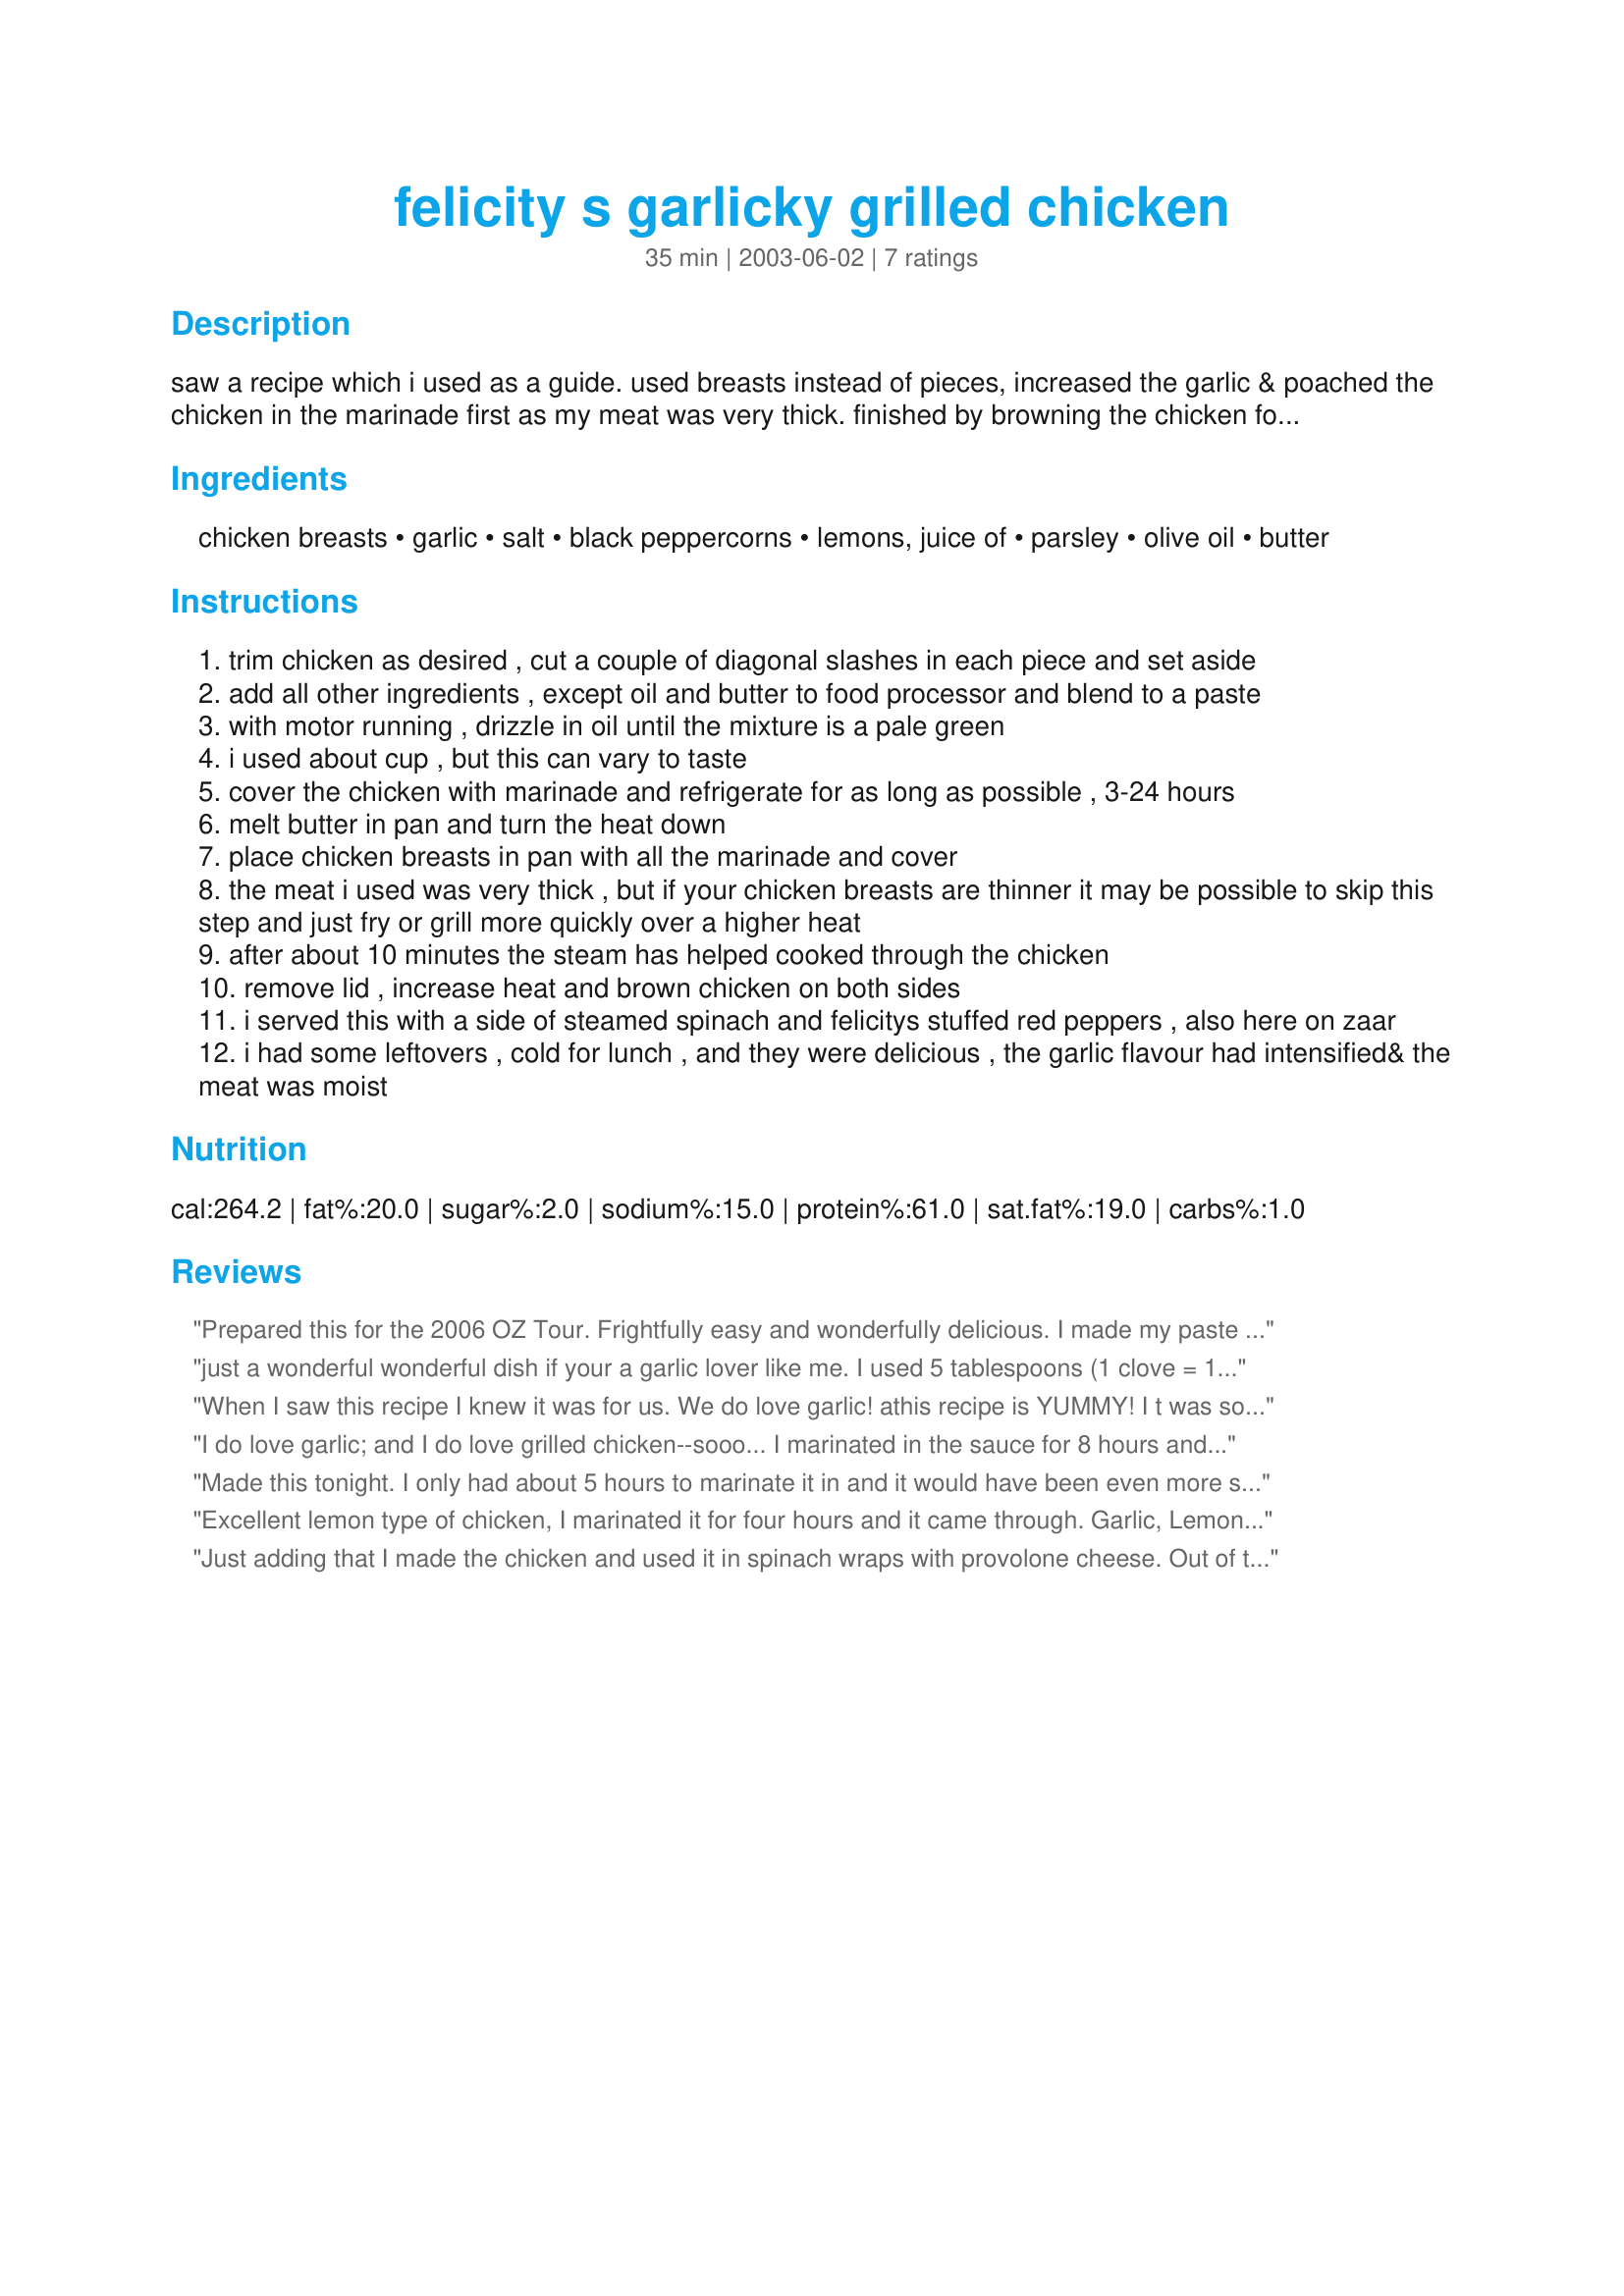
felicity s garlicky grilled chicken
Preparation time: 35 minutes

saw a recipe which i used as a guide. used breasts instead of pieces, increased the garlic & poached the chicken in the marinade first as my meat was very thick. finished by browning the chicken for a more appetising appearance. yum! great for garlic lovers. prep time does not include marinating time, as that can vary, depending on the time you have.

Ingredients:
chicken breasts, garlic, salt, black peppercorns, lemons, juice of, parsley, olive oil, butter

Steps:
trim chicken as desired , cut a couple of diagonal slashes in each piece and set aside
add all other ingredients , except oil and butter to food processor and blend to a paste
with motor running , drizzle in oil until the mixture is a pale green
i used about cup , but this can vary to taste
cover the chicken with marinade and refrigerate for as long as possible , 3-24 hours
melt butter in pan and turn the heat down
place chicken breasts in pan with all the marinade and cover
the meat i used was very thick , but if your chicken breasts are thinner it may be possible to skip this step and just fry or grill more quickly over a higher heat
after about 10 minutes the steam has helped cooked through the chicken
remove lid , increase heat and brown chicken on both sides
i served this with a side of steamed spinach and felicitys stuffed red peppers , also here on zaar
i had some leftovers , cold for lunch , and they were delicious , the garlic flavour had intensified& the meat was moist

Reviews:
Prepared this for the 2006 OZ Tour. Frightfully easy and wonderfully delicious. I made my paste with just 1 tablespoon of olive oil and 3 tablespoons of water in an effort to keep dinner lower in fat. This time around, I turned the chicken into kebobs for the George Foreman grill, a great way to keep cooked skinless breasts tender and moist. I wish I'd tossed in some cubed potatoes in the marinade and cooked the whole thing (chicken & potatoes) together in a skillet as the flavors would have gone so well together. There's always next time, and there will be. Thanks.
just a wonderful wonderful dish if your a garlic lover like me. I used 5 tablespoons (1 clove = 1/2 tbsp) of minced garlic, added the extra "two cloves" since i was using the minced. I let the meat marinade for almost 18 hours since dinner ended up being late. usually i just leave parsley out of recipes but since it was one of the main components to the marinaide i got some and im glad i did. i used boneless skinless tenders, 6 of them. one change i did make just because my breasts were so thin and wouldnt take very long to cook was i made up a seperate marinaide when i cooked them, because i just didnt feel comfrotable useing the one the raw meat had sat in all day. Great recipe - no complaints from the men. Id really like to try out the kabob version with some russet potatoes some time!
When I saw this recipe I knew it was for us. We do love garlic! athis recipe is YUMMY! I t was so quick to pull together. I did use more garic and peppercorns. I then use my food sealer to speed up the marinating time. Then I grilled the chicken. MMMMMMMM! DS and I put ours over a Ceasar salad. DH ate his with potatoes and squash, I will make again. I think the next time I'll use cilantro in place of the parsley. Thanks for the ymmy recipe.
I do love garlic; and I do love grilled chicken--sooo... I marinated in the sauce for 8 hours and grilled. YUM!
Made for the Aussie MsSPheonix Cook-a-thon & posted in the Grilling Event-Cooking Photos.
Made this tonight. I only had about 5 hours to marinate it in and it would have been even more scrumptious with an overnight one. The only thing that I did different was to add 1/4 cup dry white to the marinade. I "steamed it 10 minutes a side and then took off the lid and turned up the heat and fried for an additional 5 minutes a sidde. We deglazed the skillet with some low sodium chicken broth and added a little half and half to make a sauce. Had that over the chicken and some wide noodles.
Excellent lemon type of chicken, I marinated it for four hours and it came through. Garlic, Lemon and olive oil make a great flavor profile. Thank you for sharing.
Just adding that I made the chicken and used it in spinach wraps with provolone cheese.

Out of this world! Thanks again for sharing this.
